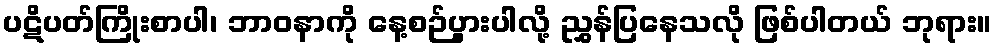
ပဋိပတ်ကြိုးစာပါ၊ ဘာဝနာကို နေ့စဉ်ပွားပါလို့ ညွှန်ပြနေသလို ဖြစ်ပါတယ် ဘုရား။